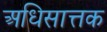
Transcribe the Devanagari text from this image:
अधिसात्तक